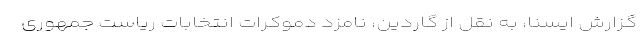
گزارش ایسنا، به نقل از گاردین، نامزد دموکرات انتخابات ریاست جمهوری